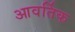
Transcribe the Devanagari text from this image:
आवर्तिक